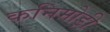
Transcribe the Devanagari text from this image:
कनिमोड़ी